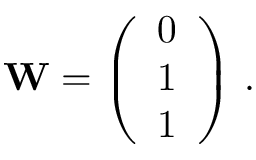
\begin{array} { r } { \mathbf { W } = \left( \begin{array} { l } { 0 } \\ { 1 } \\ { 1 } \end{array} \right) \, . } \end{array}